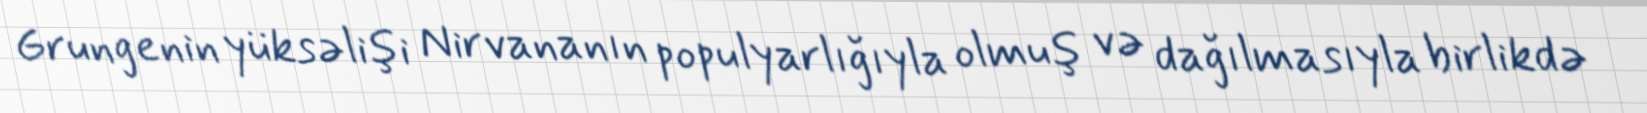
Grungenin yüksəlişi Nirvananın populyarlığıyla olmuş və dağılmasıyla birlikdə